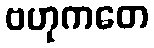
ဗဟုကတေ